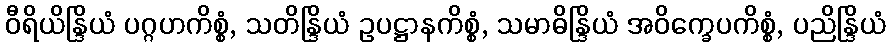
ဝီရိယိန္ဒြိယံ ပဂ္ဂဟကိစ္စံ, သတိန္ဒြိယံ ဥပဋ္ဌာနကိစ္စံ, သမာဓိန္ဒြိယံ အဝိက္ခေပကိစ္စံ, ပညိန္ဒြိယံ